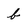
Character: b